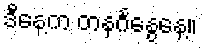
ဒီနေ့က တနင်္ဂနွေနေ့။